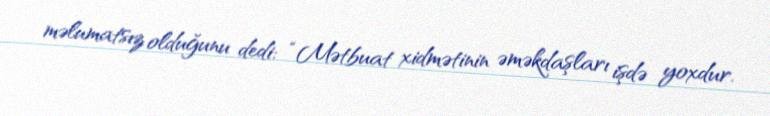
məlumatsız olduğunu dedi: “Mətbuat xidmətinin əməkdaşları işdə yoxdur.